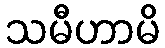
သမီဟာမိ